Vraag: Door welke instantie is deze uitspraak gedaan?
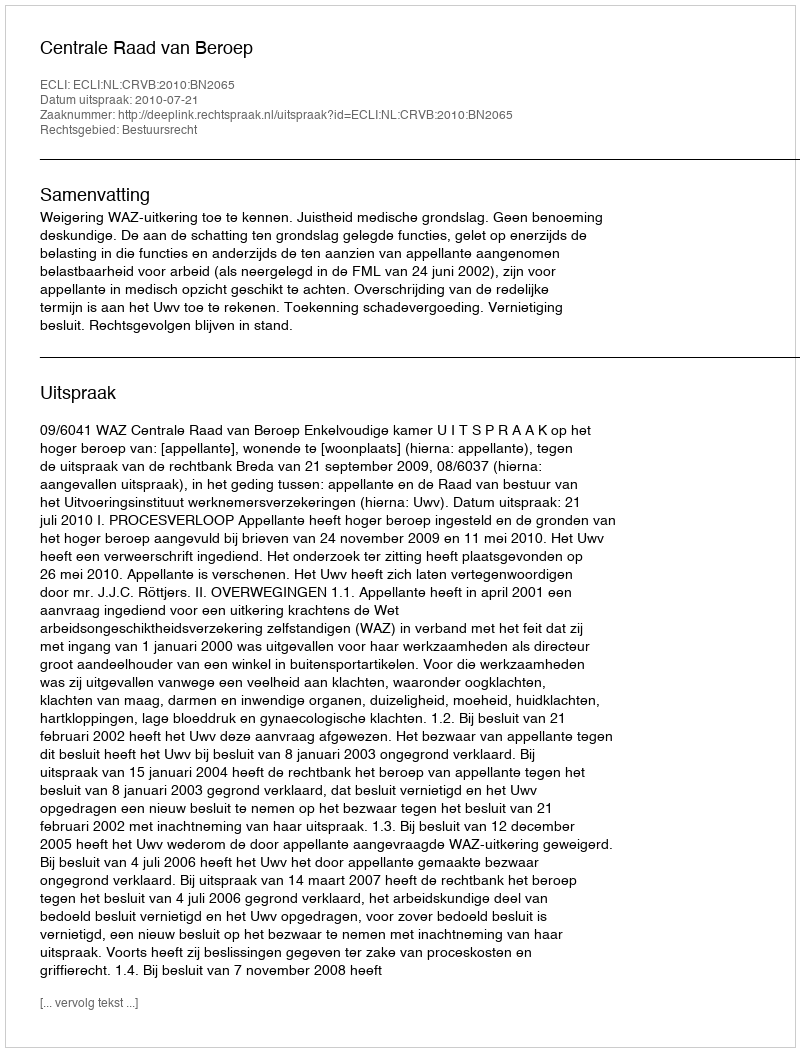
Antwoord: Centrale Raad van Beroep